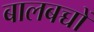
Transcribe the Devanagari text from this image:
बालबच्चों